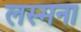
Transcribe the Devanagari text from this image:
लस्मना